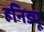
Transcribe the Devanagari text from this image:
हनिड्यू